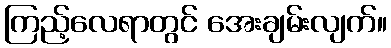
ကြည့်လေရာတွင် အေးချမ်းလျက်။